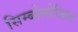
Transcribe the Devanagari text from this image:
सिम्बोलोजिस्ट